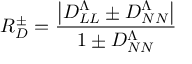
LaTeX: R _ { D } ^ { \pm } = \frac { \left| D _ { L L } ^ { \Lambda } \pm D _ { N N } ^ { \Lambda } \right| } { 1 \pm D _ { N N } ^ { \Lambda } }